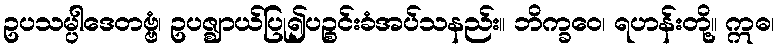
ဥပသမ္ပါဒေတဗ္ဗံ၊ ဥပဇ္ဈာယ်ပြု၍ပဉ္စင်းခံအပ်သနည်း။ ဘိက္ခဝေ၊ ရဟန်းတို့။ ဣဓ၊